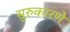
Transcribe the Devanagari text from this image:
सुरुकारणे